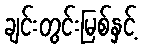
ချင်းတွင်းမြစ်နှင့်